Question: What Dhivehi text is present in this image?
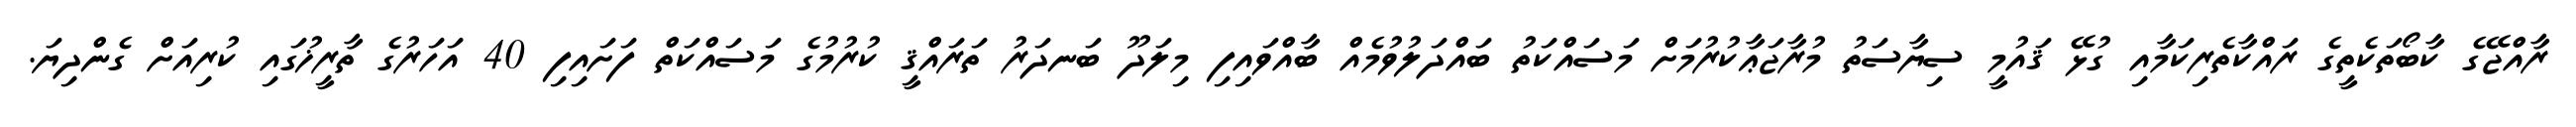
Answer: ރާއްޖޭގެ ކާބޯތަކެތީގެ ރައްކާތެރިކަމާއި ގުޅޭ ޤައުމީ ސިޔާސަތު މުރާޖަޢާކުރުމަށް މަސައްކަތު ބައްދަލުވުމެއް ބާއްވައިފި މިލަދޫ ބަނދަރު ތަރައްޤީ ކުރުމުގެ މަސައްކަތް ފަށައިފި 40 އަހަރުގެ ތާރީޚުގައި ކުރިއަށް ގެންދިޔަ.